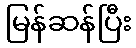
မြန်ဆန်ပြီး